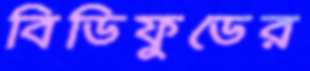
বিডিফুডের